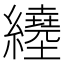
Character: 𦇇